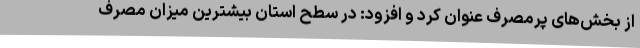
از بخش‌های پرمصرف عنوان کرد و افزود: در سطح استان بیشترین میزان مصرف